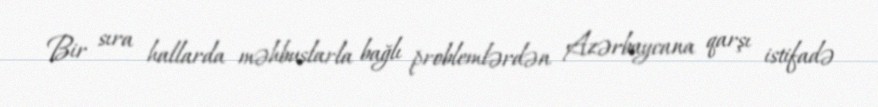
Bir sıra hallarda məhbuslarla bağlı problemlərdən Azərbaycana qarşı istifadə